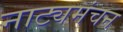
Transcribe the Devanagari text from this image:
नाट्यमंचन